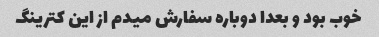
خوب بود و بعدا دوباره سفارش میدم از این کترینگ